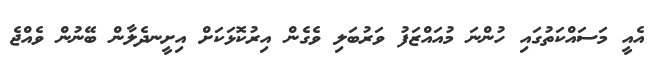
އެއީ މަސައްކަތުގައި ހުންނަ މުއައްޒަފު ވަރުބަލި ވެގެން އިރުކޮޅަކަށް އިށީނދެލާން ބޭނުން ވެއްޖެ